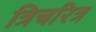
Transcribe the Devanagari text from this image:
त्रिचरित्र